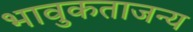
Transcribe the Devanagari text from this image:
भावुकताजन्य